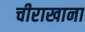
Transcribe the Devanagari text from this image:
चीराखाना